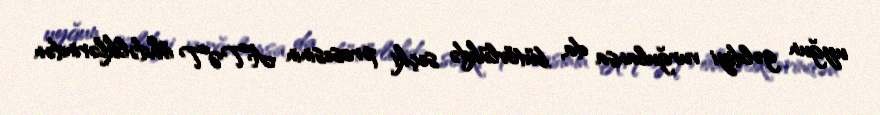
uyğun gəldiyi vurğulansa da, bütövlükdə seçki prosesinin ATƏT öhdəliklərindən